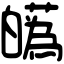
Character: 𤾸